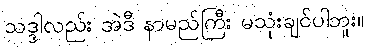
သဒ္ဒါလည်း အဲဒီ နာမည်ကြီး မသုံးချင်ပါဘူး။